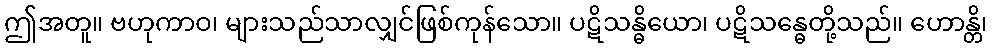
ဤအတူ။ ဗဟုကာဝ၊ များသည်သာလျှင်ဖြစ်ကုန်သော။ ပဋိသန္ဓိယော၊ ပဋိသန္ဓေတို့သည်။ ဟောန္တိ၊